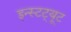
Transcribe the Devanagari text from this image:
इन्स्टट्यूट